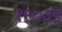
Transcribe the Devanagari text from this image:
१९०३इ